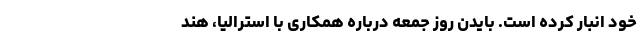
خود انبار کرده است. بایدن روز جمعه درباره همکاری با استرالیا، هند